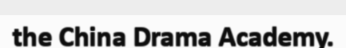
the China Drama Academy.